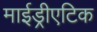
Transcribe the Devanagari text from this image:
माईड्रीएटिक